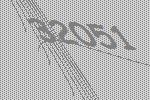
32051